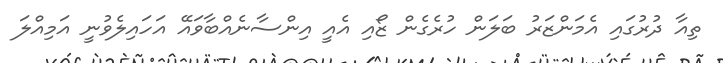
ތިއާ ދުރުގައި އެމަންޒަރު ބަލަން ހުރެގެން ޒޯއި އެއީ އިންސާނެއްބާވައޭ އަހައިލެވުނީ އަމިއްލަ